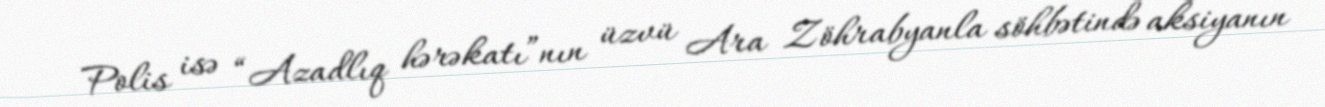
Polis isə “Azadlıq hərəkatı”nın üzvü Ara Zöhrabyanla söhbətində aksiyanın